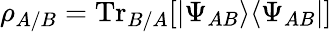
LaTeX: \rho_{A/B}=\mathrm{Tr}_{B/A}[|\Psi_{AB}\rangle\langle\Psi_{AB}|]